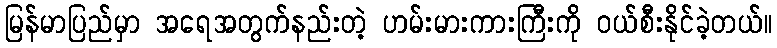
မြန်မာပြည်မှာ အရေအတွက်နည်းတဲ့ ဟမ်းမားကားကြီးကို ဝယ်စီးနိုင်ခဲ့တယ်။